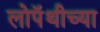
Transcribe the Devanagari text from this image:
लोपॅथीच्या